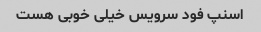
اسنپ فود سرویس خیلی خوبی هست